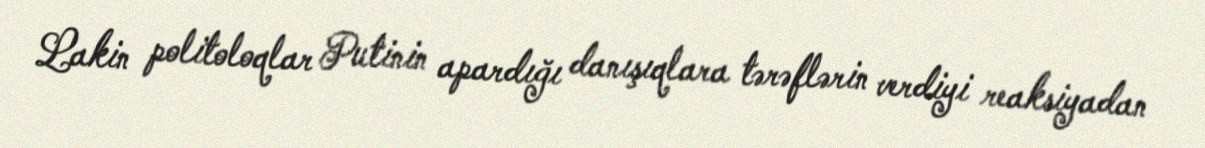
Lakin politoloqlar Putinin apardığı danışıqlara tərəflərin verdiyi reaksiyadan